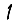
Digit: 1